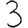
Digit: 3